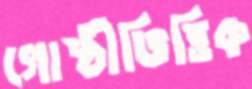
গোষ্ঠীভিত্তিক